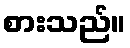
စားသည်။